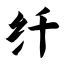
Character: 纤